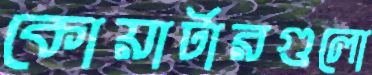
কোয়ার্টারগুলো